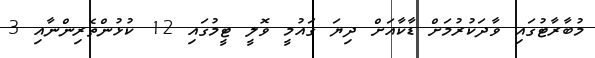
މުބާރާޓުގައި ވާދަކުރުމަށް ޑާކާއަށް ދިޔަ ގައުމީ ވޮލީ ޓީމުގައި 12 ކުޅުންތެރިންނާއި 3